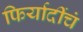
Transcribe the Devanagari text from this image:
फिर्यादींचं